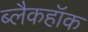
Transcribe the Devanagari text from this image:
ब्लैकहॉक